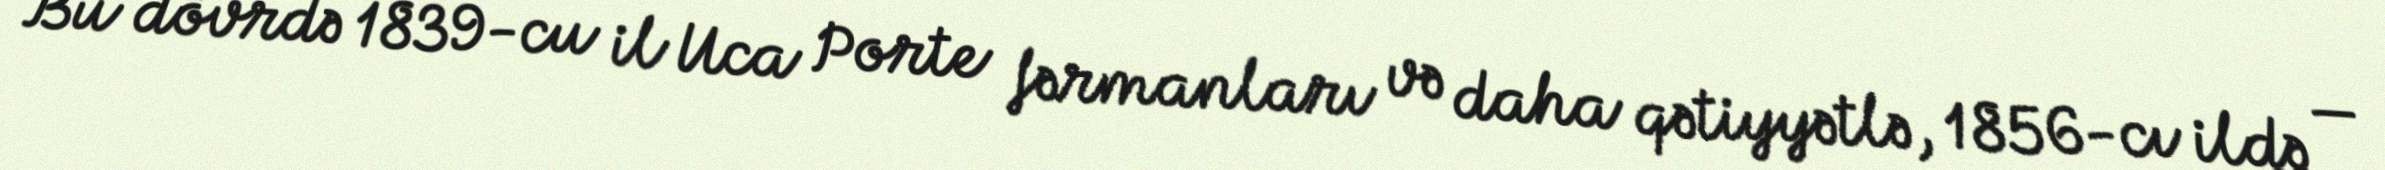
Bu dövrdə 1839-cu il Uca Porte fərmanları və daha qətiyyətlə, 1856-cı ildə —